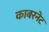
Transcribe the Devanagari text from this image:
काबरनेट